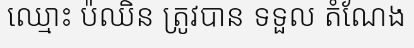
ឈ្មោះ ប៉ឈិន ត្រូវបាន ទទួល តំណែង